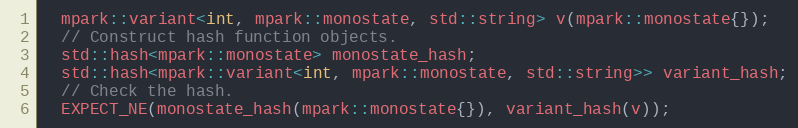
Language: C++
  mpark::variant<int, mpark::monostate, std::string> v(mpark::monostate{});
  // Construct hash function objects.
  std::hash<mpark::monostate> monostate_hash;
  std::hash<mpark::variant<int, mpark::monostate, std::string>> variant_hash;
  // Check the hash.
  EXPECT_NE(monostate_hash(mpark::monostate{}), variant_hash(v));